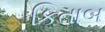
કિતાબ